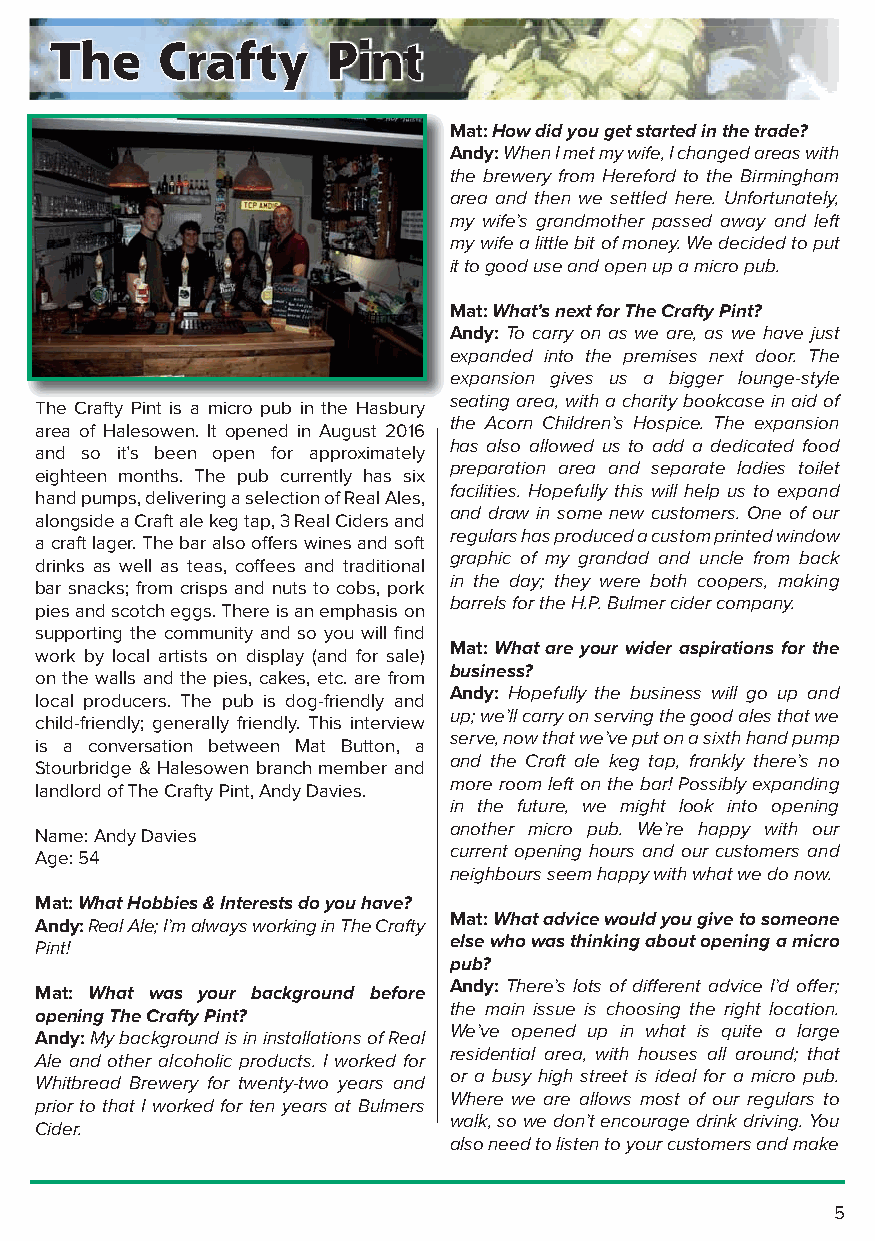
The    Crafty      Pint
 Mat:How did you get started in the trade?
 Andy:When I met my wife, I changed areas with
 the brewery from Hereford to the Birmingham
 area and then we settled here. Unfortunately,
 my wife’s grandmother passed away and left
 my wife a little bit of money. We decided to put
 it to good use and open up a micro pub.
 Mat:What’s next for The Crafty Pint?
 Andy: To carry on as we are, as we have just
 expanded into the premises next door. The
 expansion gives us a bigger lounge-style
 seating area, with a charity bookcase in aid of
 The Crafty Pint is a micro pub in the Hasbury
 the Acorn Children’s Hospice. The expansion
 area of Halesowen. It opened in August 2016
 has also allowed us to add a dedicated food
 and so it’s been open for approximately
 preparation area and separate ladies toilet
 eighteen months. The pub currently has six
 facilities. Hopefully this will help us to expand
 hand pumps, delivering a selection of Real Ales,
 and draw in some new customers. One of our
 alongside a Craft ale keg tap, 3 Real Ciders and
 regulars has produced a custom printed window
 a craft lager. The bar also offers wines and soft
 graphic of my grandad and uncle from back
 drinks as well as teas, coffees and traditional
 in the day; they were both coopers, making
 bar snacks; from crisps and nuts to cobs, pork
 barrels for the H.P. Bulmer cider company.
 pies and scotch eggs. There is an emphasis on
 supporting the community and so you will find
 Mat: What are your wider aspirations for the
 work by local artists on display (and for sale)
 business?
 on the walls and the pies, cakes, etc. are from
 Andy: Hopefully the business will go up and
 local producers. The pub is dog-friendly and
 up; we’ll carry on serving the good ales that we
 child-friendly; generally friendly. This interview
 serve, now that we’ve put on a sixth hand pump
 is a conversation between Mat Button, a
 and the Craft ale keg tap, frankly there’s no
 Stourbridge & Halesowen branch member and
 more room left on the bar! Possibly expanding
 landlord of The Crafty Pint, Andy Davies.
 in the future, we might look into opening
 another micro pub. We’re happy with our
 Name: Andy Davies
 current opening hours and our customers and
 Age: 54
 neighbours seem happy with what we do now.
 Mat:What Hobbies & Interests do you have?
 Mat:What advice would you give to someone
 Andy:Real Ale; I’m always working in The Crafty
 else who was thinking about opening a micro
 Pint!
 pub?
 Andy: There’s lots of different advice I’d offer;
 Mat: What was your background before
 the main issue is choosing the right location.
 opening The Crafty Pint?
 We’ve opened up in what is quite a large
 Andy:My background is in installations of Real
 residential area, with houses all around; that
 Ale and other alcoholic products. I worked for
 or a busy high street is ideal for a micro pub.
 Whitbread Brewery for twenty-two years and
 Where we are allows most of our regulars to
 prior to that I worked for ten years at Bulmers
 walk, so we don’t encourage drink driving. You
 Cider.
 also need to listen to your customers and make
 5